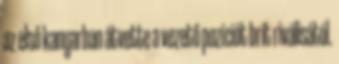
az első kanyarban átvette a vezető pozíciót brit riválisától.